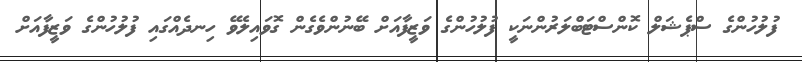
ފުލުހުންގެ ސްޕެޝަލް ކޮންސްޓަބްލަރުންނަކީ ފުލުހުންގެ ވަޒީފާއަށް ބޭނުންވެގެން ގޮވައިލެވޭ ހިނދެއްގައި ފުލުހުންގެ ވަޒީފާއަށް